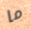
ما